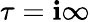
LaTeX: \tau=\mathbf{i}\infty